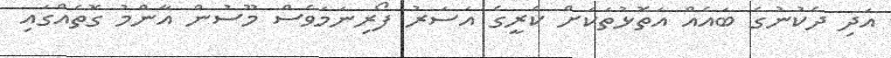
އަދި ދެކުނުގެ ބައެއް އަތޮޅުތަކަށް ކެރީގެ އަސަރު ފޯރިނަމަވެސް މޫސުން އާންމު ގޮތެއްގައި